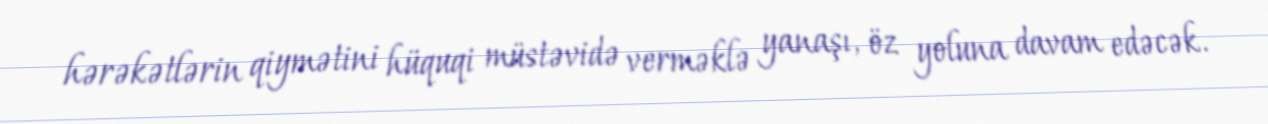
hərəkətlərin qiymətini hüquqi müstəvidə verməklə yanaşı, öz yoluna davam edəcək.